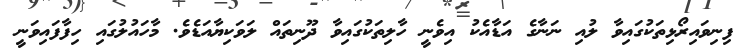
ފިނިވައިރޯޅިތަކުގައިވާ ލުއި ނަނާގެ އަޑާއެކު އިވެނީ ހާލިތަކުގައިވާ ދޫނިތައް ލަވަކިޔާއަޑެވެ. މާހައުލުގައި ހިފާފައިވަނީ